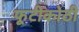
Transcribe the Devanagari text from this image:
फूटीकोठी